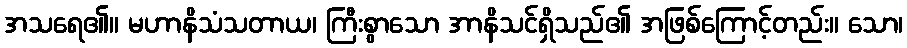
အသရေ၏။ မဟာနိသံသတာယ၊ ကြီးစွာသော အာနိသင်ရှိသည်၏ အဖြစ်ကြောင့်တည်း။ သော၊